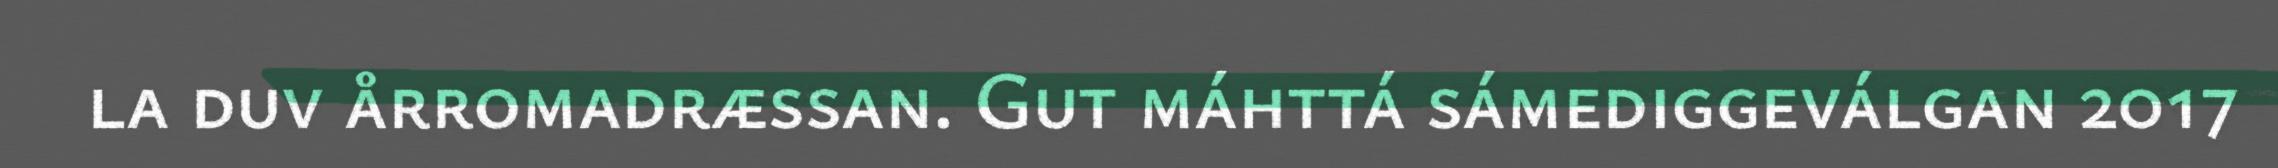
la duv årromadræssan. Gut máhttá sámediggeválgan 2017